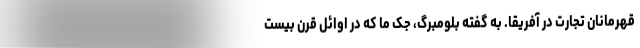
قهرمانان تجارت در آفریقا. به گفته بلومبرگ، جک ما که در اوائل قرن بیست